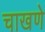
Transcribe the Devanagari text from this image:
चाखणे